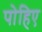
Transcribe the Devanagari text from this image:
पोहिए